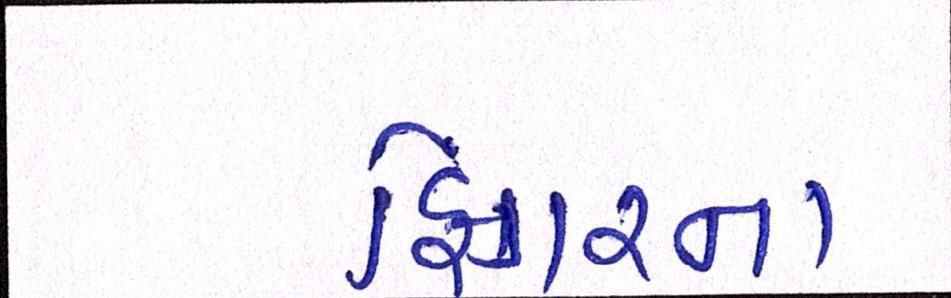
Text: ફિંગરના